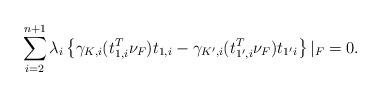
LaTeX: \begin{align*}\sum_{i=2}^{n+1} \lambda_i \left\{ \gamma_{K,i}(t_{1,i}^T\nu_F) t_{1,i} - \gamma_{K',i}(t_{1',i}^T\nu_F)t_{1'i} \right\}|_F = 0.\end{align*}